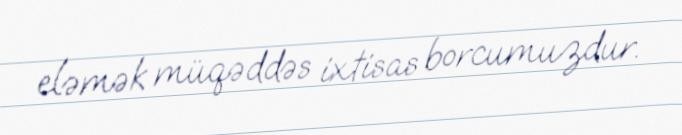
eləmək müqəddəs ixtisas borcumuzdur.